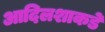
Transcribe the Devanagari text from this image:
आदिलशाकडे